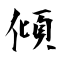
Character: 傾